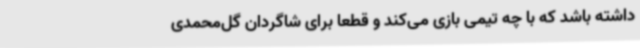
داشته باشد که با چه تیمی بازی می‌کند و قطعا برای شاگردان گل‌محمدی